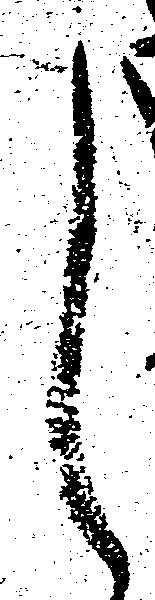
し